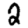
Digit: 2